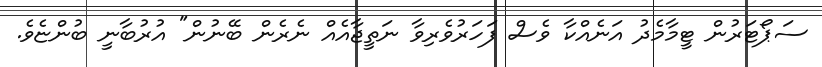
ސަޕޯޓަރުން ޓީމާމެދު އަނެއްކާ ވެސް ފަހަރުވެރިވާ ނަތީޖާއެއް ނެރެން ބޭނުން" އުރުބާނީ ބުންޏެވެ.